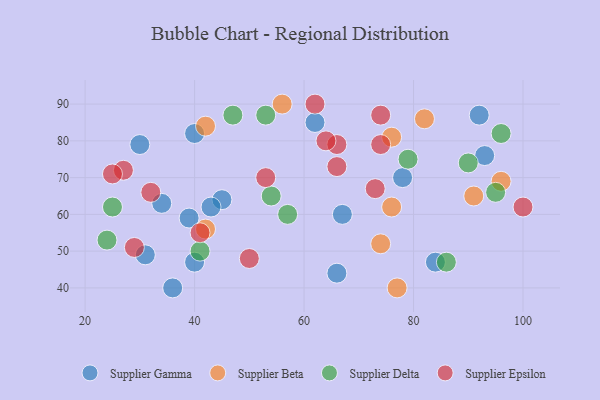
{"axis": {"x": "GDP", "y": "Life Expectancy"}, "legend": ["Supplier Beta", "Supplier Delta", "Supplier Epsilon", "Supplier Gamma"], "data": [{"x": "78", "y": 70, "type": "Supplier Gamma"}, {"x": "84", "y": 47, "type": "Supplier Gamma"}, {"x": "66", "y": 44, "type": "Supplier Gamma"}, {"x": "40", "y": 47, "type": "Supplier Gamma"}, {"x": "45", "y": 64, "type": "Supplier Gamma"}, {"x": "92", "y": 87, "type": "Supplier Gamma"}, {"x": "43", "y": 62, "type": "Supplier Gamma"}, {"x": "40", "y": 82, "type": "Supplier Gamma"}, {"x": "67", "y": 60, "type": "Supplier Gamma"}, {"x": "39", "y": 59, "type": "Supplier Gamma"}, {"x": "93", "y": 76, "type": "Supplier Gamma"}, {"x": "30", "y": 79, "type": "Supplier Gamma"}, {"x": "36", "y": 40, "type": "Supplier Gamma"}, {"x": "62", "y": 85, "type": "Supplier Gamma"}, {"x": "34", "y": 63, "type": "Supplier Gamma"}, {"x": "31", "y": 49, "type": "Supplier Gamma"}, {"x": "76", "y": 62, "type": "Supplier Beta"}, {"x": "42", "y": 56, "type": "Supplier Beta"}, {"x": "91", "y": 65, "type": "Supplier Beta"}, {"x": "96", "y": 69, "type": "Supplier Beta"}, {"x": "74", "y": 52, "type": "Supplier Beta"}, {"x": "42", "y": 84, "type": "Supplier Beta"}, {"x": "76", "y": 81, "type": "Supplier Beta"}, {"x": "77", "y": 40, "type": "Supplier Beta"}, {"x": "56", "y": 90, "type": "Supplier Beta"}, {"x": "82", "y": 86, "type": "Supplier Beta"}, {"x": "79", "y": 75, "type": "Supplier Delta"}, {"x": "25", "y": 62, "type": "Supplier Delta"}, {"x": "47", "y": 87, "type": "Supplier Delta"}, {"x": "41", "y": 50, "type": "Supplier Delta"}, {"x": "96", "y": 82, "type": "Supplier Delta"}, {"x": "57", "y": 60, "type": "Supplier Delta"}, {"x": "90", "y": 74, "type": "Supplier Delta"}, {"x": "95", "y": 66, "type": "Supplier Delta"}, {"x": "24", "y": 53, "type": "Supplier Delta"}, {"x": "53", "y": 87, "type": "Supplier Delta"}, {"x": "86", "y": 47, "type": "Supplier Delta"}, {"x": "54", "y": 65, "type": "Supplier Delta"}, {"x": "66", "y": 73, "type": "Supplier Epsilon"}, {"x": "53", "y": 70, "type": "Supplier Epsilon"}, {"x": "73", "y": 67, "type": "Supplier Epsilon"}, {"x": "74", "y": 79, "type": "Supplier Epsilon"}, {"x": "50", "y": 48, "type": "Supplier Epsilon"}, {"x": "41", "y": 55, "type": "Supplier Epsilon"}, {"x": "32", "y": 66, "type": "Supplier Epsilon"}, {"x": "27", "y": 72, "type": "Supplier Epsilon"}, {"x": "25", "y": 71, "type": "Supplier Epsilon"}, {"x": "74", "y": 87, "type": "Supplier Epsilon"}, {"x": "100", "y": 62, "type": "Supplier Epsilon"}, {"x": "29", "y": 51, "type": "Supplier Epsilon"}, {"x": "62", "y": 90, "type": "Supplier Epsilon"}, {"x": "66", "y": 79, "type": "Supplier Epsilon"}, {"x": "64", "y": 80, "type": "Supplier Epsilon"}]}